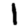
Digit: 1